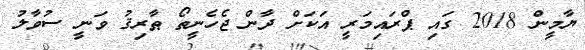
ޔާމީން 2018 ގައި ޕްރައިމަރީ އަކަށް ދާން ޖެހެނީތޯ ޠާރިޤު ވަނީ ސުވާލު